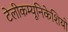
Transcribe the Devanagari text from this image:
टेलीकम्यूनिकेशियो